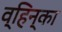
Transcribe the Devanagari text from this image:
व्हिन्का